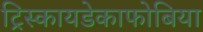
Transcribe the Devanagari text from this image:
ट्रिस्कायडेकाफोबिया